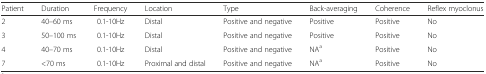
| Patient | Duration | Frequency | Location | Type | Back-averaging | Coherence | Reflex myoclonus |
 | --- | --- | --- | --- | --- | --- | --- | --- |
 | 2 | 40–60 ms | 0.1-10Hz | Distal | Positive and negative | Positive | Positive | No |
 | 3 | 50–100 ms | 0.1-10Hz | Distal | Positive and negative | Positive | Positive | No |
 | 4 | 40–70 ms | 0.1-10Hz | Distal | Positive and negative | NAa | Positive | No |
 | 7 | <70 ms | 0.1-10Hz | Proximal and distal | Positive and negative | NAa | Positive | No |